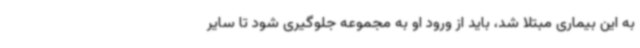
به این بیماری مبتلا شد، باید از ورود او به مجموعه جلوگیری شود تا سایر